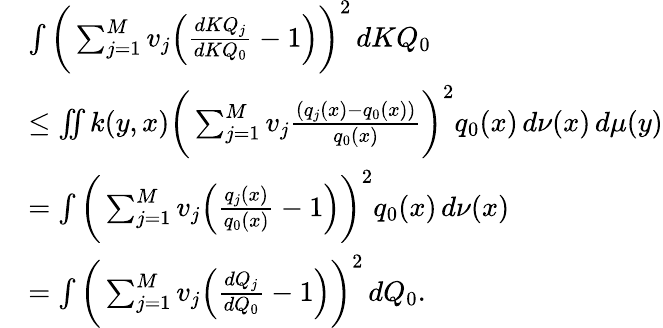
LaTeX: \begin{array}{rl}&{\int\bigg(\sum_{j=1}^{M}v_{j}\Big(\frac{dKQ_{j}}{dKQ_{0}}-1\Big)\bigg)^{2}\, dKQ_{0}}\\ &{\leq\iint k(y,x)\bigg(\sum_{j=1}^{M}v_{j}\frac{(q_{j}(x)-q_{0}(x))}{q_{0}(x)}\bigg)^{2}q_{0}(x)\, d\nu(x)\, d\mu(y)}\\ &{=\int\bigg(\sum_{j=1}^{M}v_{j}\Big(\frac{q_{j}(x)}{q_{0}(x)}-1\Big)\bigg)^{2}q_{0}(x)\, d\nu(x)}\\ &{=\int\bigg(\sum_{j=1}^{M}v_{j}\Big(\frac{dQ_{j}}{dQ_{0}}-1\Big)\bigg)^{2}\, dQ_{0}.}\end{array}